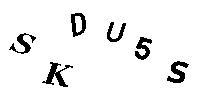
SKDU5S